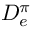
D _ { e } ^ { \pi }